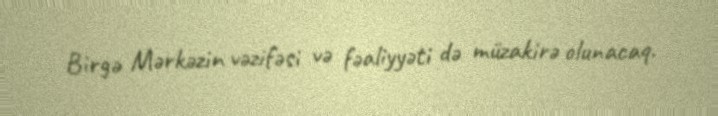
Birgə Mərkəzin vəzifəsi və fəaliyyəti də müzakirə olunacaq.